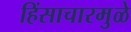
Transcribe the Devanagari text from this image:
हिंसाचारमुळे